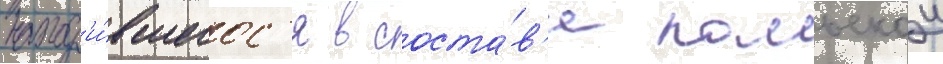
наход'и́вшегос'я в соста́в'е польскои